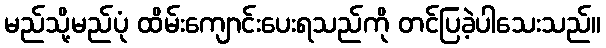
မည်သို့မည်ပုံ ထိမ်းကျောင်းပေးရသည်ကို တင်ပြခဲ့ပါသေးသည်။